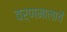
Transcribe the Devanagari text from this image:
वर्णमालायें